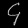
Digit: ၄